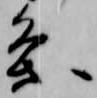
条